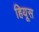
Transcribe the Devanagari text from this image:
हियूस